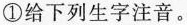
①给下列生字注音。